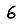
Digit: 6